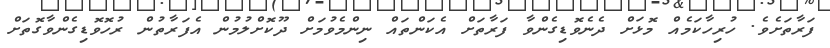
ފަރާތަށެވެ. ހުރިހާކަމެއް މޮޅަށް ދެނެވޮޑިގެންވާ ފަރާތަށް އެކަންތައް ނިންމެވުމަށް ދޫކޮށްލުމުން އެފަރާތުން ރުހޮވޮޑިގެންވާގޮތަށް